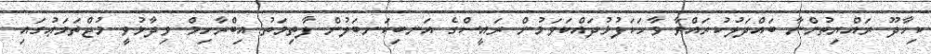
ކިހާދޫ ރައްޔިތުންނާ ބައްދަލުކުރައްވާ ވާހަކަފުޅުދައްކަވަމުން ރައީސްގެ އަނބިކަނބަލުން ފާތިމަތު އިބްރާހިމް ވިދާޅުވީ މުޖްތަމަޢުގައި